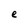
Character: e